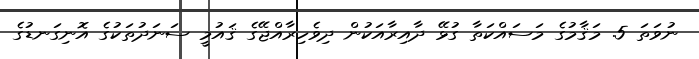
ނުވަތަ 5. މަޤާމުގެ މަސައްކަތާ ގުޅޭ ދާއިރާއަކުން ދިވެހިރާއްޖޭގެ ޤައުމީ ސަނަދުތަކުގެ އޮނިގަނޑުގެ